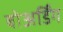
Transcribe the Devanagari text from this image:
बोअर्डिंग